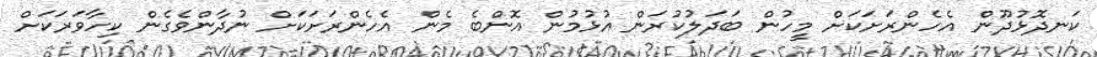
ކަނދޮޅުދޫން އެހެންރަށަކަށް މީހުން ބަދަލުކުރަން އުޅުމުން އޮންބެ މެން އެހެންރަށަކަށް ނުދާންވެގެން ކިހާވަރަކަށް